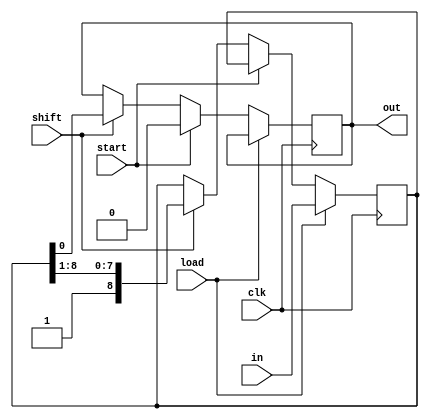
// PISO : Parallel In Serial Out 

module PISO #(parameter piso_width=9)
( input clk,shift,start,load,
  input [piso_width-1:0]in,
  output out);

 reg out_r;
 reg [piso_width-1:0]in_r;

 assign out=out_r;

 always @ (posedge clk)
 begin
	if (load)
	in_r <= in;
	else if (start)
	out_r <= 1'b0; 
	else if (shift)
	begin
	out_r <= in_r[0];
	in_r <= {1'b1,in_r[piso_width-1:1]};
	end
	else
	out_r <= out_r;
 end
endmodule